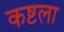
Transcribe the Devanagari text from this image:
कष्टला